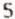
5